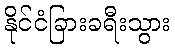
နိုင်ငံခြားခရီးသွား